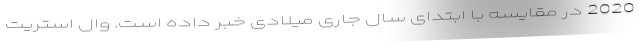
2020 در مقایسه با ابتدای سال جاری میلادی خبر داده است. وال استریت